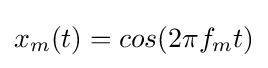
x_{m}(t)=cos(2\pi f_{m}t)